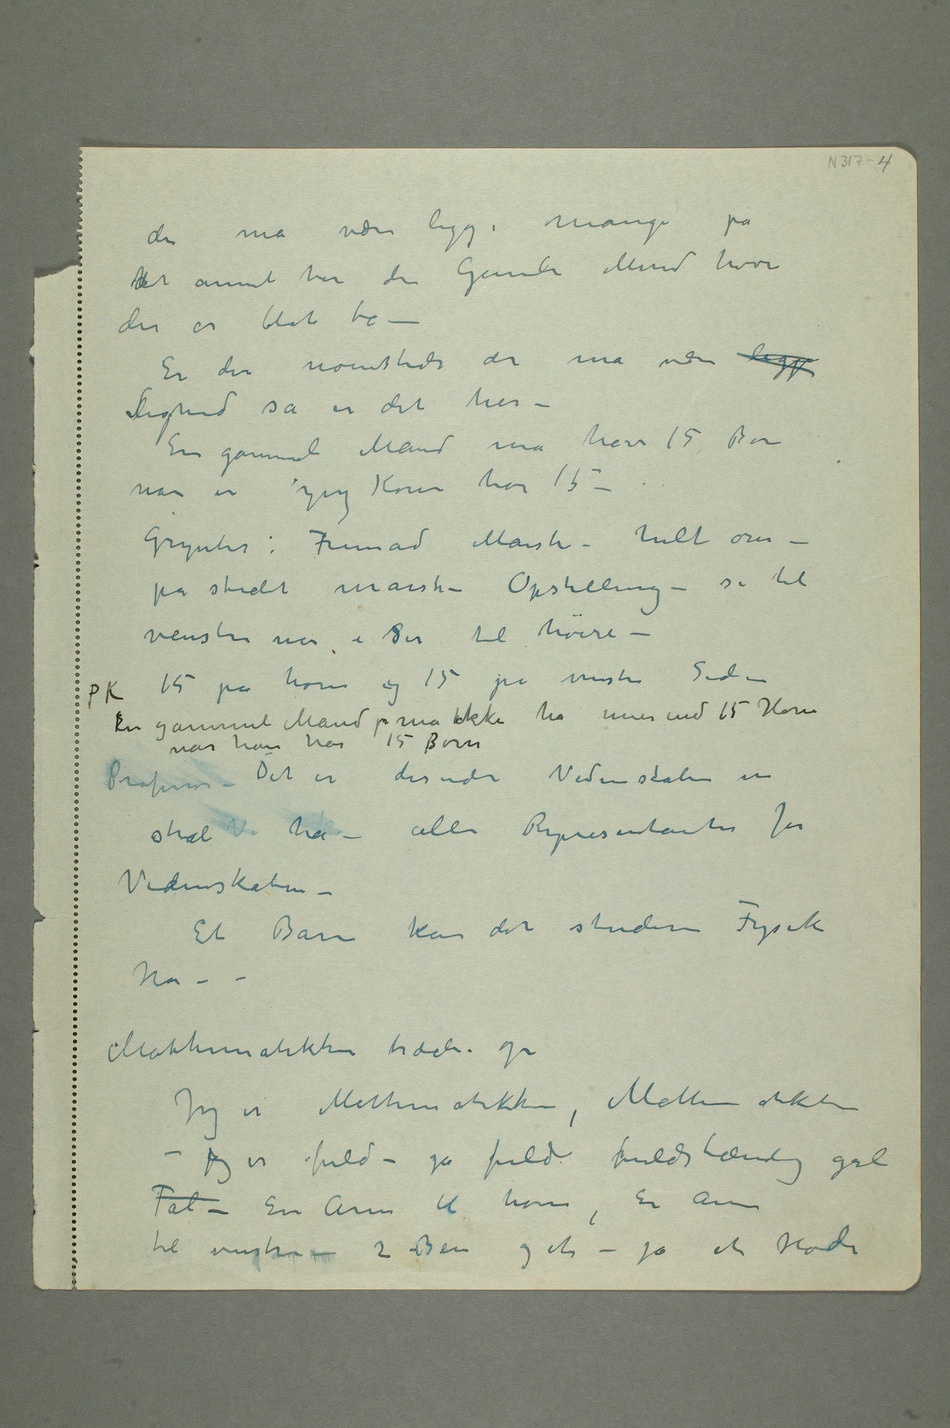
der må være lige mange på
hdet annet her den Gamle Mand hvor
der er blot to
– Er der noensteds der må være ligg
lLighed så er det her –
En gammel Mand må have 15 Børn
Grynter: Fremad Marsh – helt om –
på stedet marsh – Opstilling – se til
venstre når i ser til høire
– 15 på høire og 15 på venstre Side – P
K En gammel Mand p må ikke ha mer en 15 Horer når
har 15 Børn
Professoren – Det er desuden Videnskaben en
skal Vi ha – alle Representanter for
Videnskaben –
Et Barn kan det studere Fysik
ha –
– Mathematikken træder op
Jeg er Mathematikken, Mathematikken –
jeg er fuld – ja fuld fuldstændig gal
til venstre – 2 Ben og et – ja et Hode